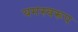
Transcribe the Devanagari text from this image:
यमस्वरूप